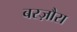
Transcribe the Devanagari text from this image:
बरज़ौरा